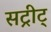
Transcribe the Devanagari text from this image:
सट्रीट्